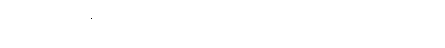
ဂတာ၊ သွားသနည်း။ ကတ္ထ၊ အဘယ်၌။ ဂတာ၊ သွားသနည်း။ ဣတိ၊ ဤသို့။